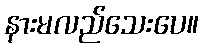
နားမလည်သေးပေ။